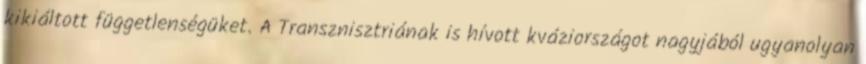
kikiáltott függetlenségüket. A Transznisztriának is hívott kváziországot nagyjából ugyanolyan